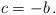
LaTeX: \begin{align*}c = -b \, . \end{align*}